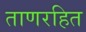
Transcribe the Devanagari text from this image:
ताणरहित